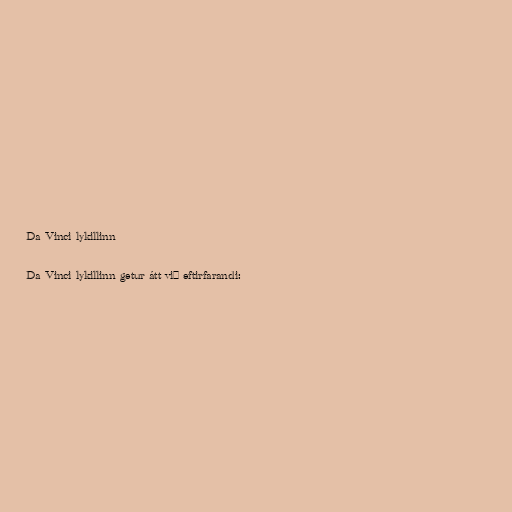
Da Vinci lykillinn

Da Vinci lykillinn getur átt við eftirfarandi: